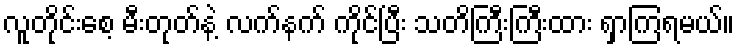
လူတိုင်းစေ့ မီးတုတ်နဲ့ လက်နက် ကိုင်ပြီး သတိကြီးကြီးထား ရှာကြရမယ်။